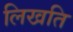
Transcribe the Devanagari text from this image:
लिखति